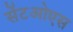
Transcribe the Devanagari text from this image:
सेंटओएस